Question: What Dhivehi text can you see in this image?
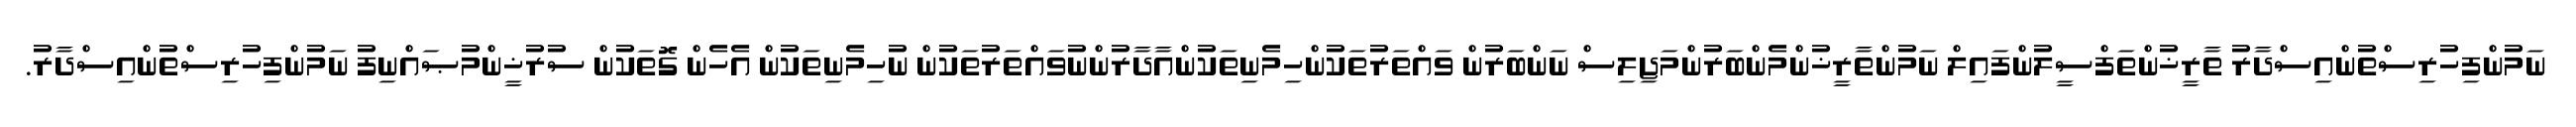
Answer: ނަމުންފިހުރިސްތުންއިސްދާރު ތާރީޚުންތަފްސީލުންފައިލް ނަމުންތާރީޚުންމެންބަރުންމަޖިލިސް ނަންބަރުން ވައްތަރުތަކުންހިމެނިތަކުންއާދާރުންނުވައްތަރުތަކުން ނުހިމެނިތަކުން އެހެން ގޮތަކުން ސުރުޚީންމުޞައްނިފު ނަމުންފިހުރިސްތުންއިސްދާރު.